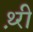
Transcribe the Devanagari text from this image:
थ़्री